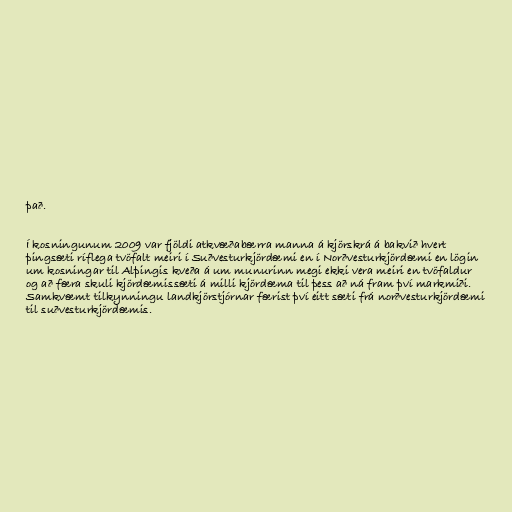
það.

Í kosningunum 2009 var fjöldi atkvæðabærra manna á kjörskrá á bakvið hvert
þingsæti ríflega tvöfalt meiri í Suðvesturkjördæmi en í Norðvesturkjördæmi en lögin
um kosningar til Alþingis kveða á um munurinn megi ekki vera meiri en tvöfaldur
og að færa skuli kjördæmissæti á milli kjördæma til þess að ná fram því markmiði.
Samkvæmt tilkynningu landkjörstjórnar færist því eitt sæti frá norðvesturkjördæmi
til suðvesturkjördæmis.